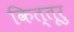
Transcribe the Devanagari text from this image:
कित्तूरु